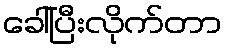
ခေါ်ပြီးလိုက်တာ